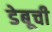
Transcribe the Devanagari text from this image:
डेबूची